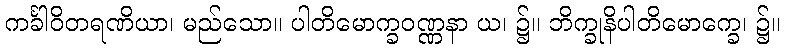
ကင်္ခါဝိတရဏိယာ၊ မည်သော။ ပါတိမောက္ခဝဏ္ဏနာ ယ၊ ၌။ ဘိက္ခုနိပါတိမောက္ခေ၊ ၌။